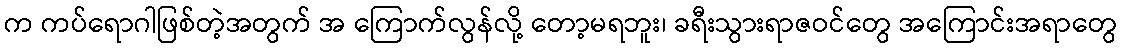
က ကပ်ရောဂါဖြစ်တဲ့အတွက် အ ကြောက်လွန်လို့ တော့မရဘူး၊ ခရီးသွားရာဇဝင်တွေ အကြောင်းအရာတွေ